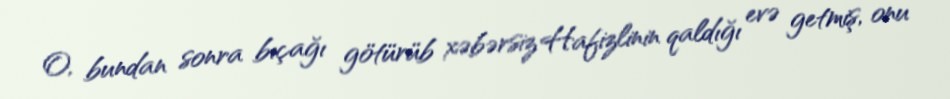
O, bundan sonra bıçağı götürüb xəbərsiz Hafizlinin qaldığı evə getmiş, onu